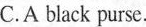
C. A black purse.